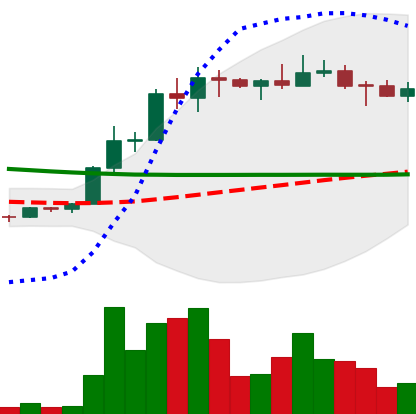
Ticker: ETC-USD
Chart end date: 2022-04-03
Forward return: -13.484%
Label: down_7plus